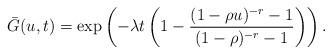
LaTeX: \begin{align*}\bar{G}(u,t)=\exp \left(-\lambda t\left(1-\frac{(1-\rho u)^{-r}-1}{(1-\rho)^{-r}-1}\right)\right).\end{align*}